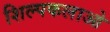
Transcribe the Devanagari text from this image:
शिल्‍पकलाओ